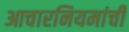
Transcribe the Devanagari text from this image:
आचारनियमांची